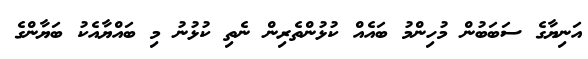
އަނިޔާގެ ސަބަބުން މުހިންމު ބައެއް ކުޅުންތެރިން ނެތި ކުޅުނު މި ބައްޔާއެކު ބަޔާންގެ